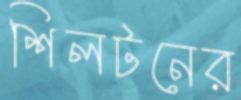
শিলটনের